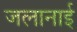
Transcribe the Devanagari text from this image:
जलानाई